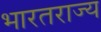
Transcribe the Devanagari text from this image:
भारतराज्य